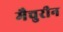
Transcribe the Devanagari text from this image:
मैचुरीन